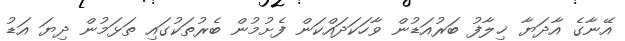
އޭނާގެ އާދަޔާ ޚިލާފު ބަރުއަޑުން ވާހަކަދައްކަން ފެށުމުން ބެރުތަކުގައި ތަޅަމުން ދިޔަ އަޑު